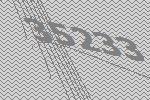
35233